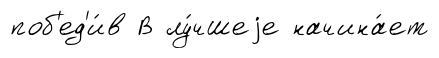
поб'ед'и́в В лу́чшеjе начина́ет